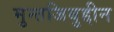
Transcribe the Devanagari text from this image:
मुन्तजिबुद्दीन